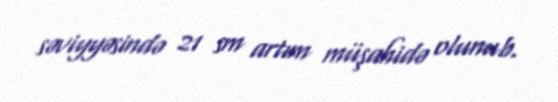
səviyyəsində 21 sm artım müşahidə olunub.